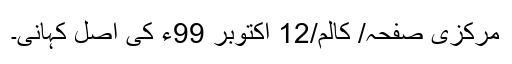
مرکزی صفحہ/ کالم/12 اکتوبر 99ء کی اصل کہانی۔